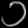
Digit: ၁